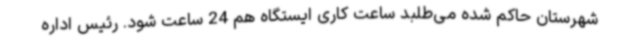
شهرستان حاکم شده می‌طلبد ساعت کاری ایستگاه هم 24 ساعت شود. رئیس اداره